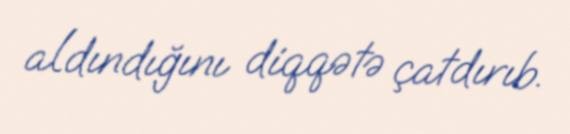
aldındığını diqqətə çatdırıb.